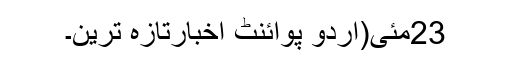
23مئی(اُردو پوائنٹ اخبارتازہ ترین۔